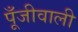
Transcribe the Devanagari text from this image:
पूँजीवाली